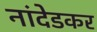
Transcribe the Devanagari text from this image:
नांदेडकर